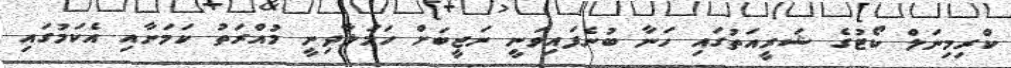
ކްރިމިނަލް ކޯޓުގެ ޝަރީއަތުގައި ހަނާ ބުނެފައިވަނީ ނަޖީބަށް ހަމަލާދިނީ މުއްރަތު ކަމަށާއި އެކަމުގައި